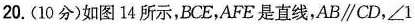
20.(10分)如图14所示，BCE，AFE是直线，AB\parallel CD，$$∠ 1